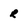
Character: R